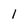
Character: 1